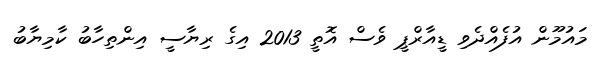
މައުމޫން އުފެއްދެވި ޑީއާރްޕީ ވެސް އޮތީ 2013 އިގެ ރިޔާސީ އިންތިހާބު ކާމިޔާބު